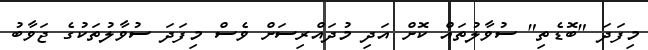
މިފަދަ "ބޮޑެތި" ސުވާލުތައް ކޮށް އަދި މުދައްރިސަށް ވެސް މިފަދަ ސުވާލުތަކުގެ ޖަވާބު